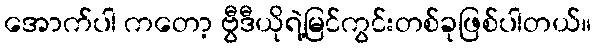
အောက်ပါ ကတော့ ဗွီဒီယိုရဲ့မြင်ကွင်းတစ်ခုဖြစ်ပါတယ်။